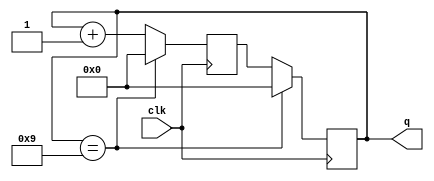
module asynchronous_counter (
    input clk, output reg [3:0] q
);
    reg [3:0] next_q;

    always @(posedge clk) begin
        next_q = q + 1;
        if (q == 4'b1001)
            next_q = 4'b0000;
    end

    always @(posedge clk) begin
        if (q == 4'b1001)
            q <= 4'b0000;
        else
            q <= next_q;
    end
endmodule